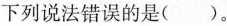
下列说法错误的是()。